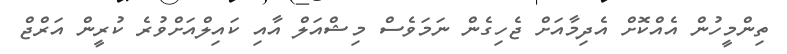
ތިންމީހުން އެއްކޮށް އެދިމާއަށް ޖެހިގެން ނަމަވެސް މިޝްއަލް އާއި ކައިލްއަށްވުރެ ކުރީން އަރްޖް